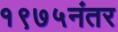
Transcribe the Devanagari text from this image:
१९७५नंतर